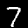
Label: 7